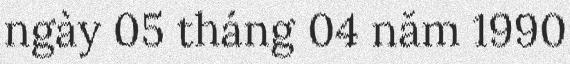
ngày 05 tháng 04 năm 1990